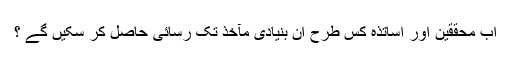
اب محققین اور اساتذہ کس طرح ان بنیادی مآخذ تک رسائی حاصل کر سکیں گے ؟